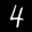
Label: 4